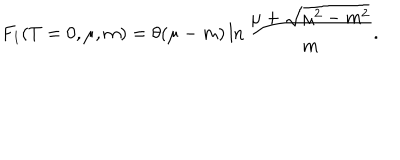
F _ { 1 } ( T = 0 , \mu , m ) = \theta ( \mu - m ) \ln \frac { \mu + \sqrt { \mu ^ { 2 } - m ^ { 2 } } } { m } .